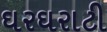
ઘરઘરાટી